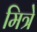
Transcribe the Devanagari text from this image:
मित्रे